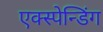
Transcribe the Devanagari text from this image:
एक्स्पेन्डिंग